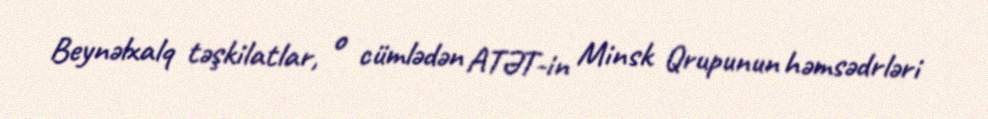
Beynəlxalq təşkilatlar, o cümlədən ATƏT-in Minsk Qrupunun həmsədrləri